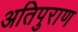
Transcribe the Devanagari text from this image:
अतिपुराण